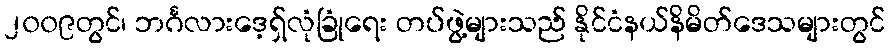
၂၀၀၉တွင်၊ ဘင်္ဂလားဒေ့ရှ်လုံခြုံရေး တပ်ဖွဲ့များသည် နိုင်ငံနယ်နိမိတ်ဒေသများတွင်